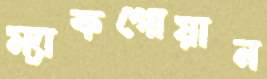
ম্যাকগোয়ান